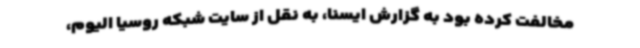
مخالفت کرده بود به گزارش ایسنا، به نقل از سایت شبکه روسیا الیوم،